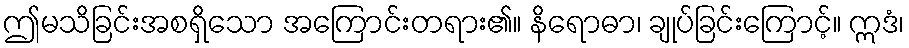
ဤမသိခြင်းအစရှိသော အကြောင်းတရား၏။ နိရောဓာ၊ ချုပ်ခြင်းကြောင့်။ ဣဒံ၊